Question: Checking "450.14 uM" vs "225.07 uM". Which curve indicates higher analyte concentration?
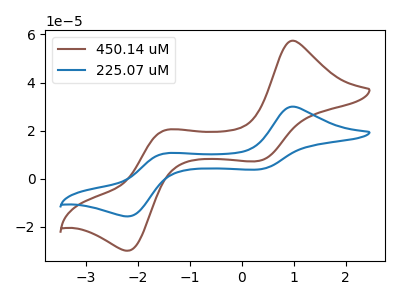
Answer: <think>The brown curve "450.14 uM" has anodic peaks at (1.00V, 57.40uA) (-1.45V, 20.15uA) and cathodic peaks at (0.35V, 7.40uA) (-2.20V, -29.90uA). The blue curve "225.07 uM" has anodic peaks at (1.00V, 30.00uA) (-1.45V, 10.55uA) and cathodic peaks at (0.35V, 3.90uA) (-2.20V, -15.65uA).
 All the peaks in "450.14 uM" have a peak in "225.07 uM" at the same potential.</think>
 <answer>I cant tell if "450.14 uM" or "225.07 uM" has higher concentration.</answer>
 <eval>mixed_concentration</eval>